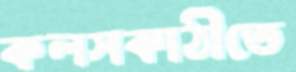
কলসকাঠীতে